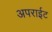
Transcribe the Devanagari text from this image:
अपराईट